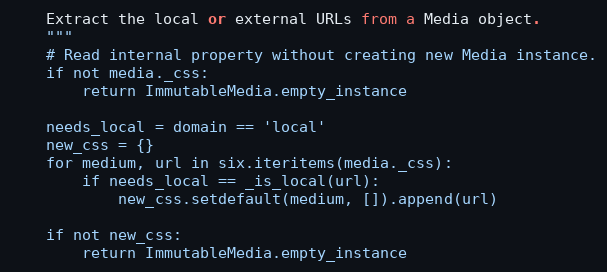
Language: Python
    Extract the local or external URLs from a Media object.
    """
    # Read internal property without creating new Media instance.
    if not media._css:
        return ImmutableMedia.empty_instance

    needs_local = domain == 'local'
    new_css = {}
    for medium, url in six.iteritems(media._css):
        if needs_local == _is_local(url):
            new_css.setdefault(medium, []).append(url)

    if not new_css:
        return ImmutableMedia.empty_instance